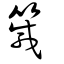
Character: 箴